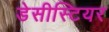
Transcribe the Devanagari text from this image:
डेसीस्टियर